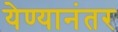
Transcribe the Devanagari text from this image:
येण्यानंतर